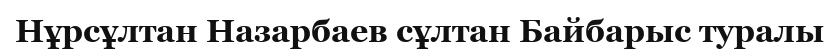
Нұрсұлтан Назарбаев сұлтан Байбарыс туралы